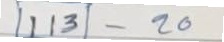
113 - 20